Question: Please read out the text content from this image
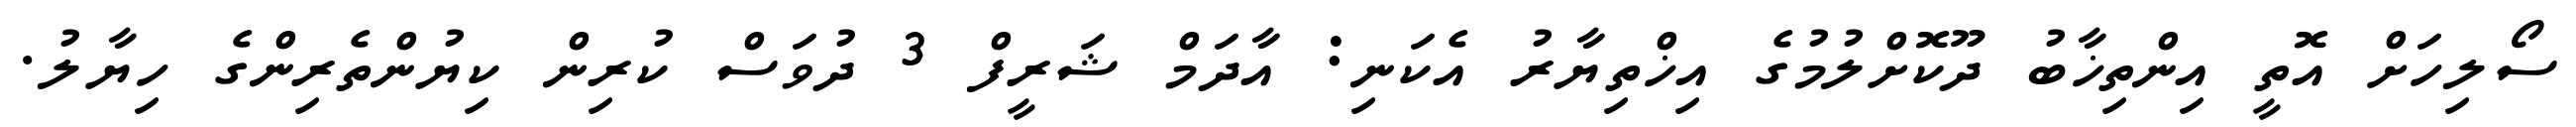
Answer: ސޯލިހަށް އޮތީ އިންތިޚާބު ދޫކޮށްލުމުގެ އިޚްތިޔާރު އެކަނި: އާދަމް ޝަރީފް 3 ދުވަސް ކުރިން ކިޔުންތެރިންގެ ހިޔާލު.